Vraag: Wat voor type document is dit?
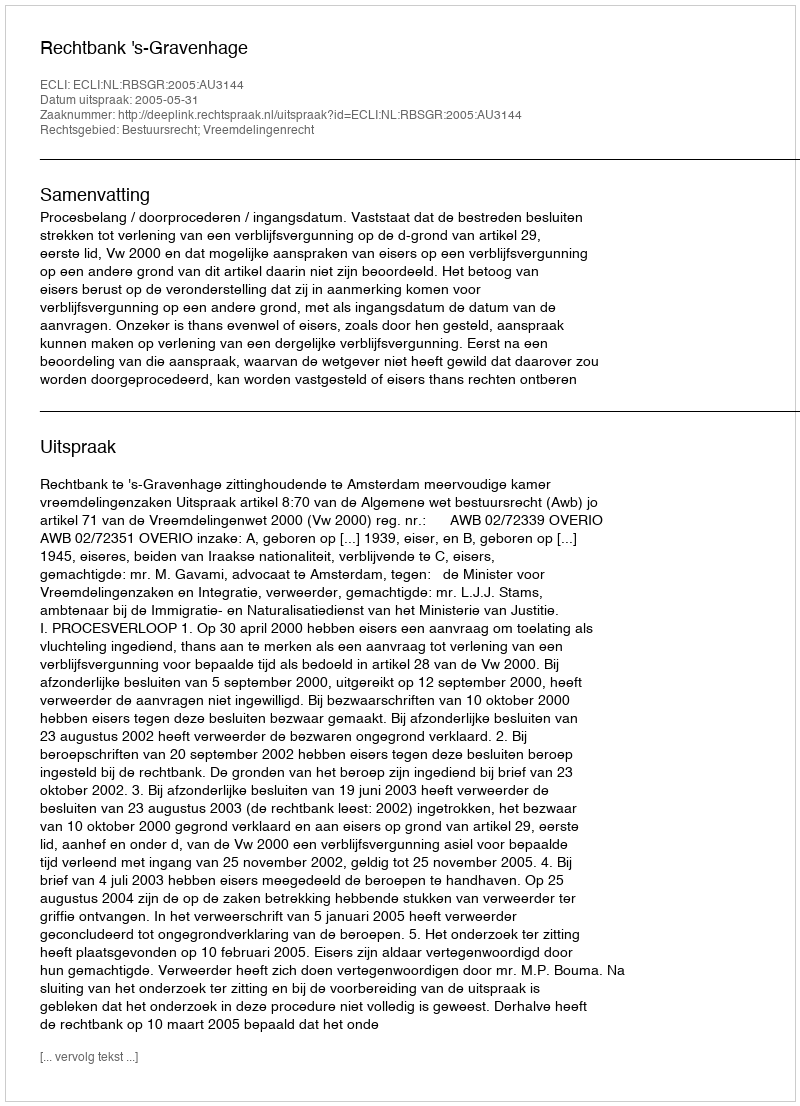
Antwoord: Uitspraak